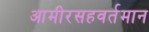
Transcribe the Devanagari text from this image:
आमीरसहवर्तमान